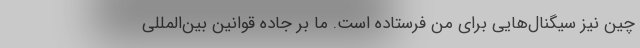
چین نیز سیگنال‌هایی برای من فرستاده است. ما بر جاده قوانین بین‌المللی